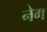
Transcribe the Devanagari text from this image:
नेग